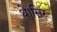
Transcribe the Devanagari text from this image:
थे।सिर